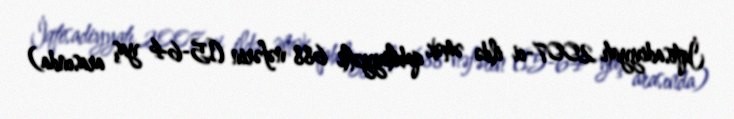
İqtisadiyyatı 2007-ci ildə əmək qabiliyyətli 688 nəfərin (15-64 yaş arasında)